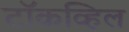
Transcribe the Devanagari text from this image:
टॉकव्हिल